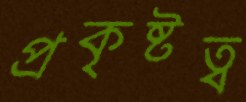
প্রকৃষ্টত্ব